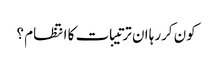
کون کررہا ان ترتیبات کا انتظام ؟